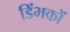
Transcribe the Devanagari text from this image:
डिंभकों